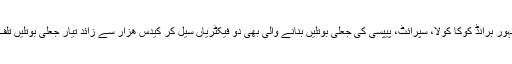
جبکہ مشہور برانڈ کوکا کولا، سپرائٹ، پیپسی کی جعلی بوتلیں بنانے والی بھی دو فیکٹریاں سیل کر کیدس ھزار سے زائد تیار جعلی بوتلیں تلف کر دیں۔